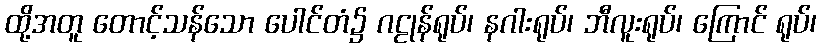
ထို့အတူ တောင့်သန်သော ပေါင်တံ၌ ဂဠုန်ရုပ်၊ နဂါးရုပ်၊ ဘီလူးရုပ်၊ ကြောင် ရုပ်၊